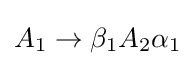
A_{1}\to \beta _{1}A_{2}\alpha _{1}